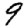
Digit: 9